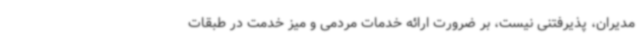
مدیران، پذیرفتنی نیست، بر ضرورت ارائه خدمات مردمی و میز خدمت در طبقات